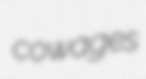
cowages